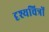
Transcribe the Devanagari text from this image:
दृश्यचित्रों